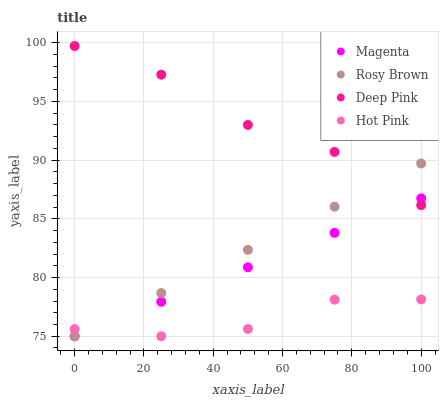
| xaxis_label | Magenta | Rosy Brown | Deep Pink | Hot Pink |
 | --- | --- | --- | --- | --- |
 | 0 | 75 | 75 | 99.7 | 75.6 |
 | 25 | 77.9 | 78.7 | 97.3 | 75 |
 | 50 | 80.9 | 82.4 | 93 | 75.6 |
 | 75 | 83.8 | 86 | 90.7 | 78.1 |
 | 100 | 86.7 | 89.7 | 86.2 | 78.1 |